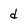
Character: d